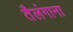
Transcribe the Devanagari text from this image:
तैलंगाना